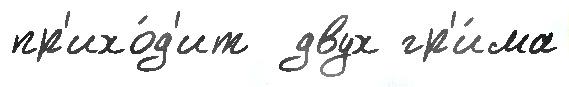
пр'ихо́д'ит  двух гр'и́ма